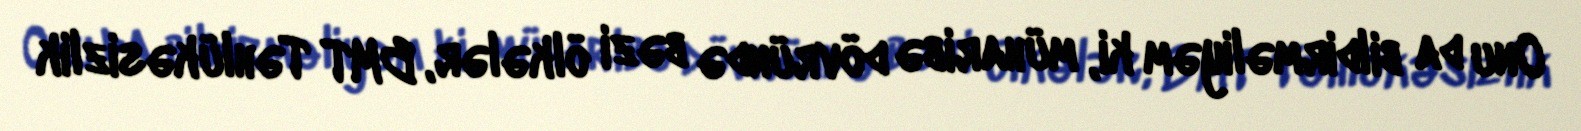
Onu da bildirməliyəm ki, müharibə dövründə bəzi ölkələr, BMT Təhlükəsizlik